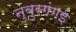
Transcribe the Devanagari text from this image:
नुबुरगंगई